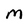
Character: M